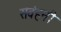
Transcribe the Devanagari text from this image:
संवंहनी